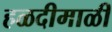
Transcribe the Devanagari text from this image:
हळदीमाळी